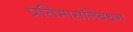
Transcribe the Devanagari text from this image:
प्रतिभासनिबंधन